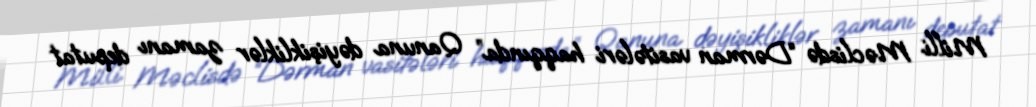
Milli Məclisdə “Dərman vasitələri haqqında” Qanuna dəyişikliklər zamanı deputat